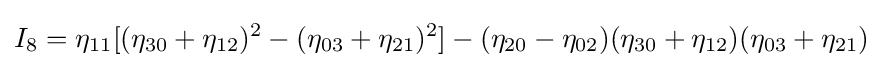
I_{8}=\eta _{11}[(\eta _{30}+\eta _{12})^{2}-(\eta _{03}+\eta _{21})^{2}]-(\eta _{20}-\eta _{02})(\eta _{30}+\eta _{12})(\eta _{03}+\eta _{21})